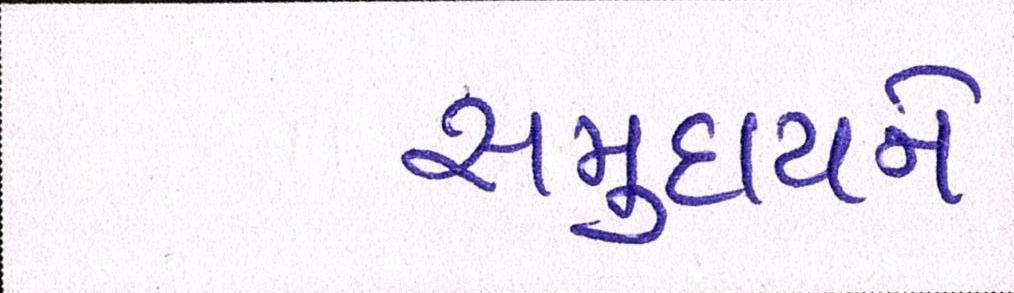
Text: સમુદાયને